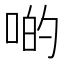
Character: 啲